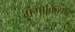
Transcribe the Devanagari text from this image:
गंगाकिशोर